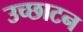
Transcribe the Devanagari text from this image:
उच्छाटन